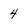
Character: 4